Elephants and their diseases
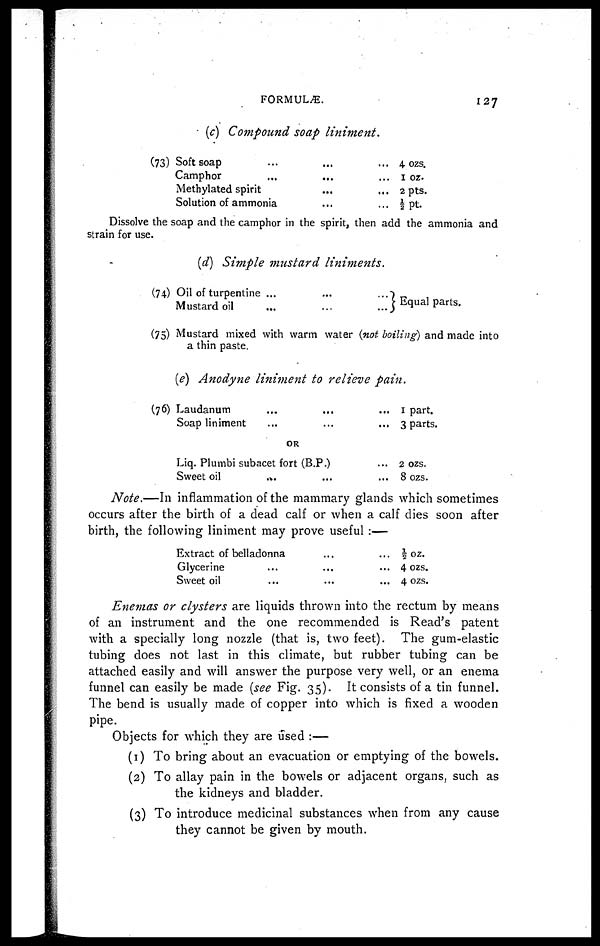
FORMULÆ.
127
(c) Compound soap liniment.
(73) Soft soap.........
Camphor........
Methylated spirit......
Solution of ammonia......
4 ozs.
1 oz.
2 pts.
½ pt.
Dissolve the soap and the camphor in the spirit, then add the ammonia and
strain for use.
(d) Simple mustard
liniments.
(74)
(75)
(76)
Oil of turpentine ......
Mustard oil
} Equal parts.
Mustard mixed with warm water (not boiling) and made into
a thin paste.
(e) Anodyne liniment to relieve pain.
Laudanum
Soap liniment......
1 part.
3 parts.
OR
Liq. Plumbi subacet fort (B.P.)
Sweet oil
...
2 ozs.
8 ozs.
Note.—In inflammation of the mammary glands which sometimes
occurs after the birth of a dead calf or when a calf dies soon after
birth, the following liniment may prove useful :—
Extract of belladonna......
Glycerine.........
Sweet oil.........
½ oz.
4 ozs.
4 ozs.
Enemas or clysters are liquids thrown into the rectum by means
of an instrument and the one recommended is Read's patent
with a specially long nozzle (that is, two feet). The gum-elastic
tubing does not last in this climate, but rubber tubing can be
attached easily and will answer the purpose very well, or an enema
funnel can easily be made (see Fig. 35). It consists of a tin funnel.
The bend is usually made of copper into which is fixed a wooden
pipe.
Objects for which they are used :—
(1)
(2)
(3)
To bring about an evacuation or emptying of the bowels.
To allay pain in the bowels or adjacent organs, such as
the kidneys and bladder.
To introduce medicinal substances when from any cause
they cannot be given by mouth.